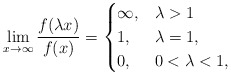
\begin{align*}\lim_{x\to\infty}\frac{f(\lambda x)}{f(x)}=\begin{cases}\infty, & \lambda>1 \\ 1, & \lambda=1, \\ 0, & 0<\lambda<1, \end{cases}\end{align*}